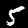
Label: 5